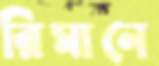
রিমানে